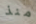
منذ